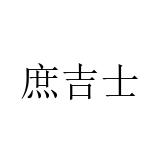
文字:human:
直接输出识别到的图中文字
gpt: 庶吉士